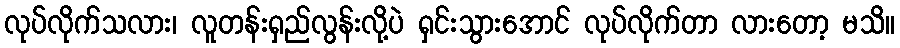
လုပ်လိုက်သလား၊ လူတန်းရှည်လွန်းလို့ပဲ ရှင်းသွားအောင် လုပ်လိုက်တာ လားတော့ မသိ။